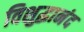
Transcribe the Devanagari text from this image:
विशुद्धानंद